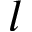
l